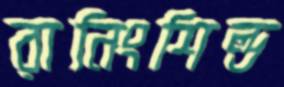
রানিংশিল্ড